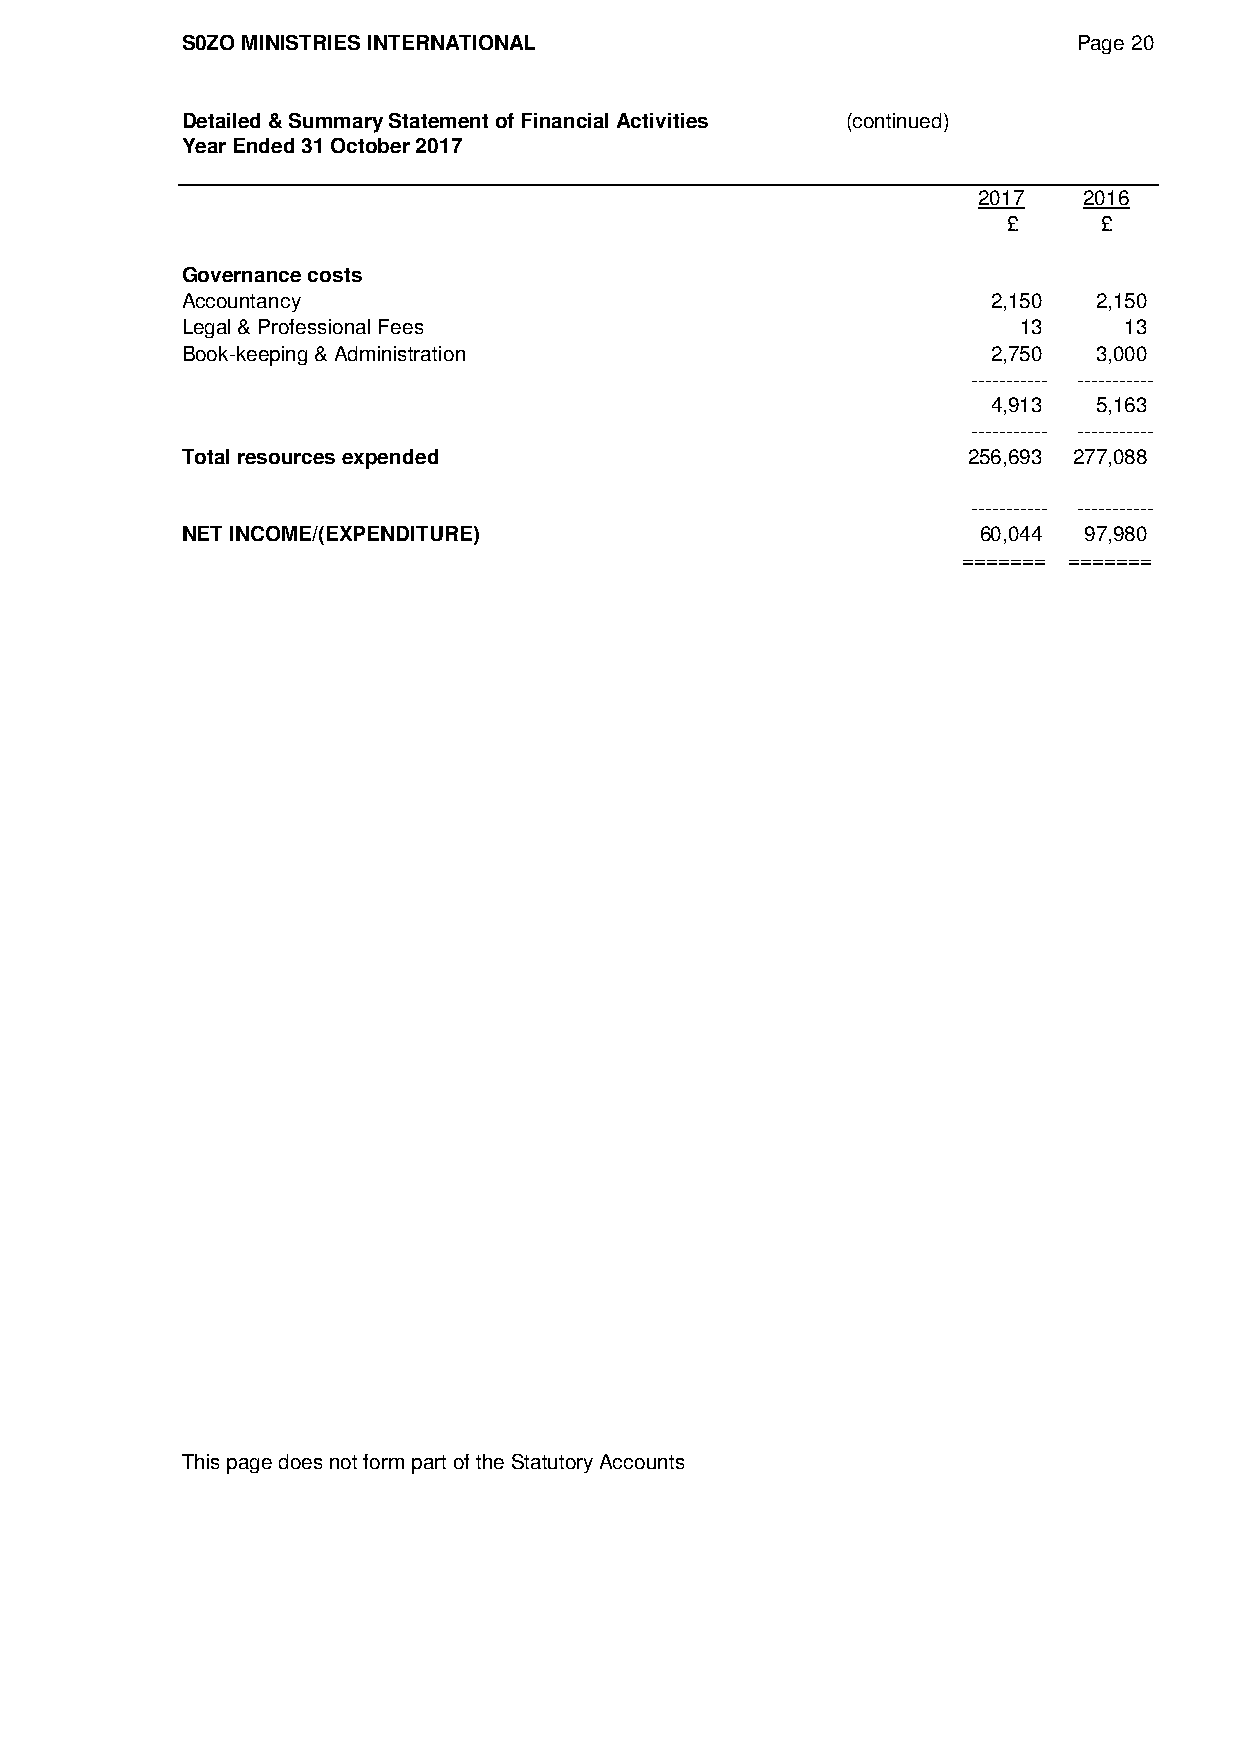
S0ZO MINISTRIES INTERNATIONAL                              Page 20
 Detailed & Summary Statement of Financial Activities (continued)
 Year Ended 31 October 2017
 2017   2016
 £     £
 Governance costs
 Accountancy                                           2,150  2,150
 Legal & Professional Fees                               13    13
 Book-keeping & Administration                         2,750  3,000
 ----------- -----------
 4,913  5,163
 ----------- -----------
 Total resources expended                            256,693 277,088
 ----------- -----------
 NET INCOME/(EXPENDITURE)                             60,044 97,980
 ======= =======
 This page does not form part of the Statutory Accounts